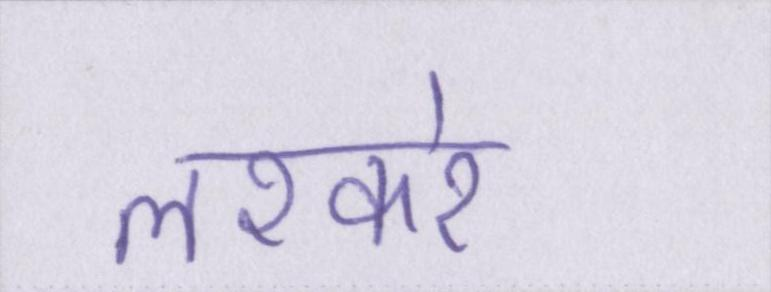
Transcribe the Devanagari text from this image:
लश्करे